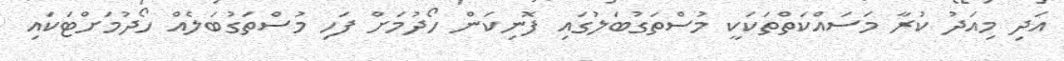
އަދި މިއަދު ކުރާ މަސައްކަތްތަކަކީ މުސްތަގުބަލުގައި ފޮނިކަން ހޯދުމަށް ފަހި މުސްތަގުބަލެއް ހޯދުމަށްޓަކައި